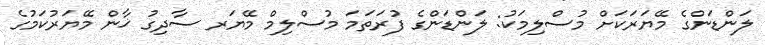
ލަންޑަންގެ މޭޔަރަކަށް މުސްލިމަކު: ލަންޑަންގެ ފުރަތަމަ މުސްލިމް މޭޔަރ ސާދިގު ޚާން މޭޔަރުކަމުގެ